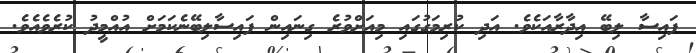
ފައިސާ ލިބޭ އިދާރާއަކެވެ. އަދި ކުރިމަގުގައި މިއަށްވުރެ ގިނައިން ފައިސާލިބޭނެކަމަށް އުއްމީދު ކުރެވެއެވެ.